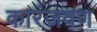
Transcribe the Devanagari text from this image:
कारंजवण